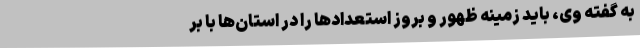
به گفته وی، باید زمینه ظهور و بروز استعدادها را در استان‌ها با بر